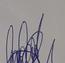
Signature authenticity: genuine